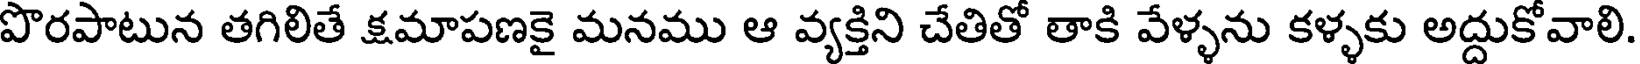
పొరపాటున తగిలితే క్షమాపణకై మనము ఆ వ్యక్తిని చేతితో తాకి వేళ్ళను కళ్ళకు అద్దుకోవాలి.